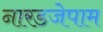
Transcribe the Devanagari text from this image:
नारडजेपाम